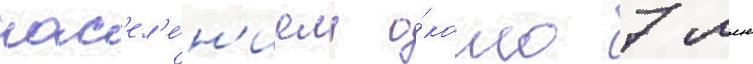
нас'ел'е́н'ием о́коло 7 млн